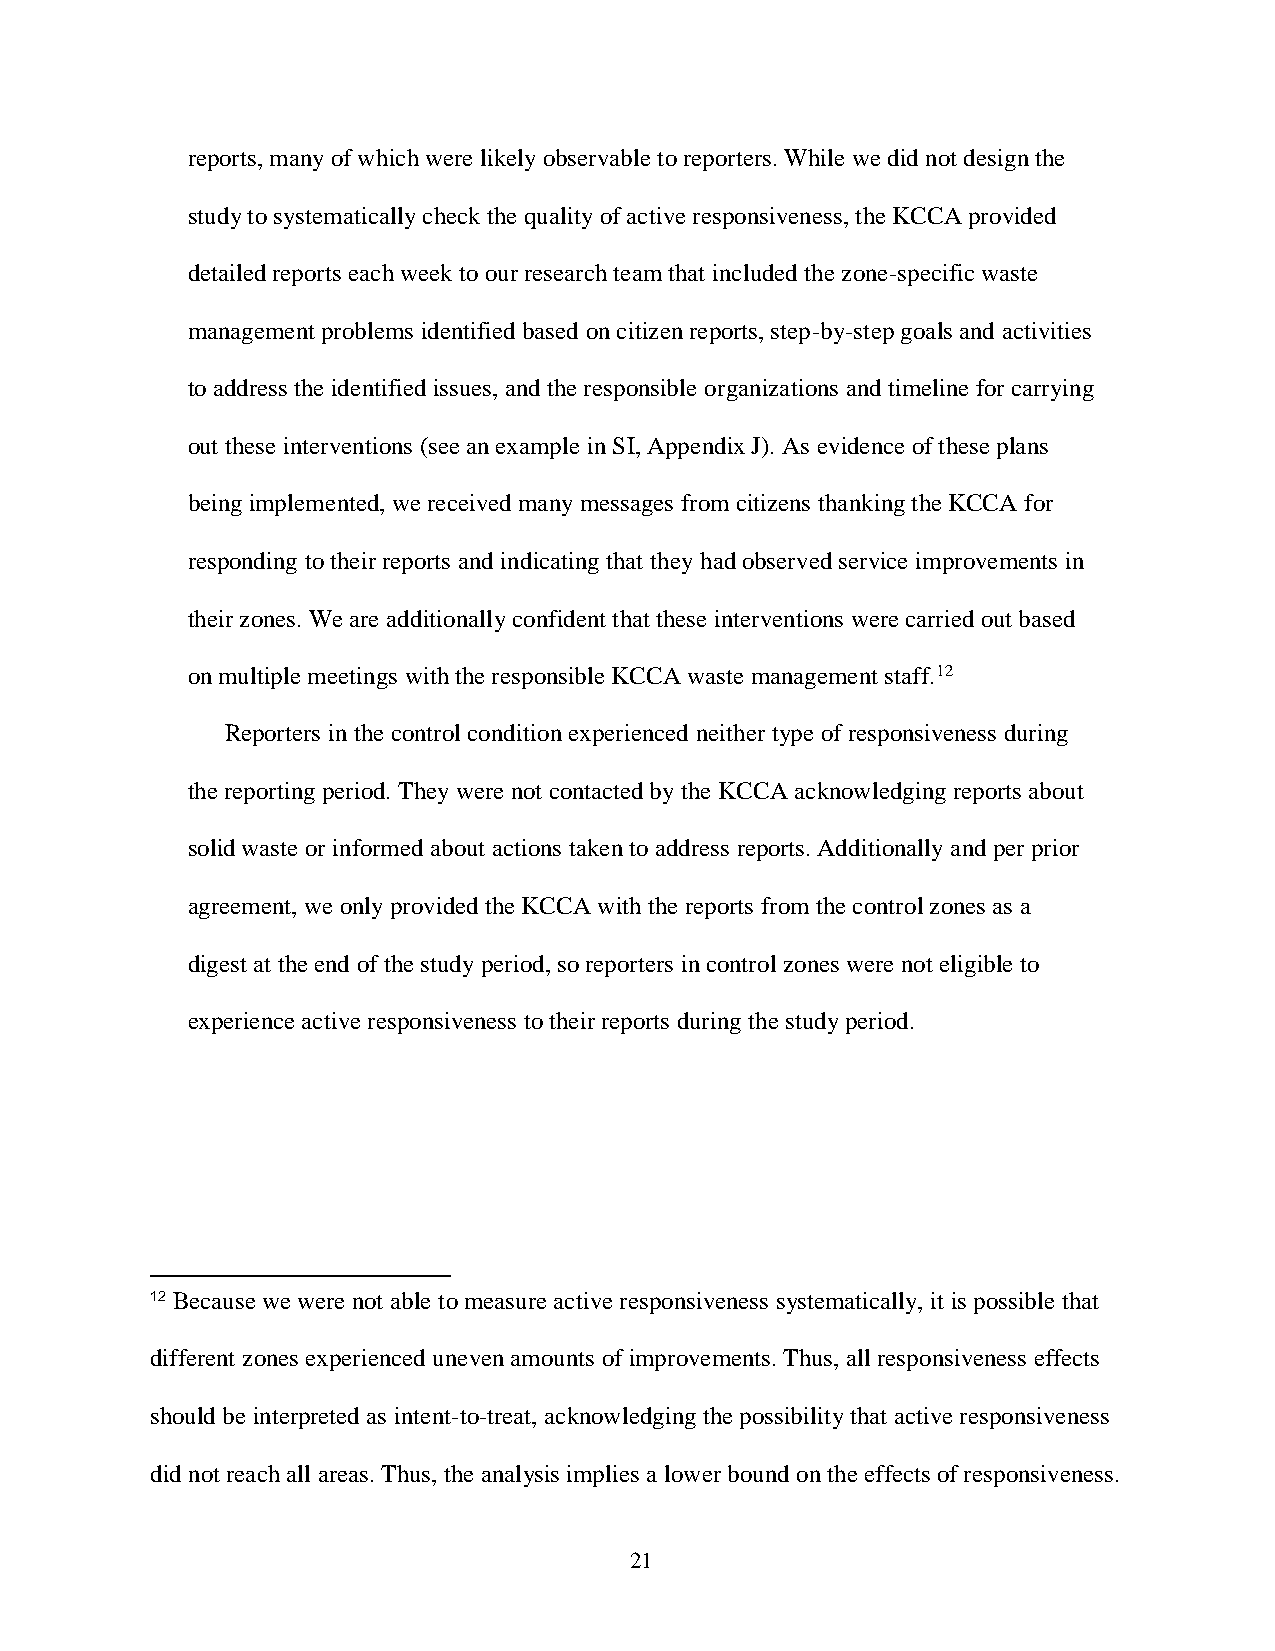
reports, many of which were likely observable to reporters. While we did not design the
 study to systematically check the quality of active responsiveness, the KCCA provided
 detailed reports each week to our research team that included the zone-specific waste
 management problems identified based on citizen reports, step-by-step goals and activities
 to address the identified issues, and the responsible organizations and timeline for carrying
 out these interventions (see an example in SI, Appendix J). As evidence of these plans
 being implemented, we received many messages from citizens thanking the KCCA for
 responding to their reports and indicating that they had observed service improvements in
 their zones. We are additionally confident that these interventions were carried out based
 on multiple meetings with the responsible KCCA waste management staff.12
 Reporters in the control condition experienced neither type of responsiveness during
 the reporting period. They were not contacted by the KCCA acknowledging reports about
 solid waste or informed about actions taken to address reports. Additionally and per prior
 agreement, we only provided the KCCA with the reports from the control zones as a
 digest at the end of the study period, so reporters in control zones were not eligible to
 experience active responsiveness to their reports during the study period.
 12 Because we were not able to measure active responsiveness systematically, it is possible that
 different zones experienced uneven amounts of improvements. Thus, all responsiveness effects
 should be interpreted as intent-to-treat, acknowledging the possibility that active responsiveness
 did not reach all areas. Thus, the analysis implies a lower bound on the effects of responsiveness.
 21